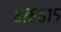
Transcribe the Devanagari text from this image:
६७६६१५